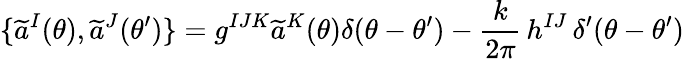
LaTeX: \{ \widetilde{a}^{I}(\theta),\widetilde{a}^{J}(\theta^{\prime})\} =g^{IJK}\widetilde{a}^{K}(\theta)\delta(\theta-\theta^{\prime})-\frac{k}{2\pi}\, h^{IJ}\, \delta^{\prime}(\theta-\theta^{\prime})